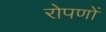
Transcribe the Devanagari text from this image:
रोपणों